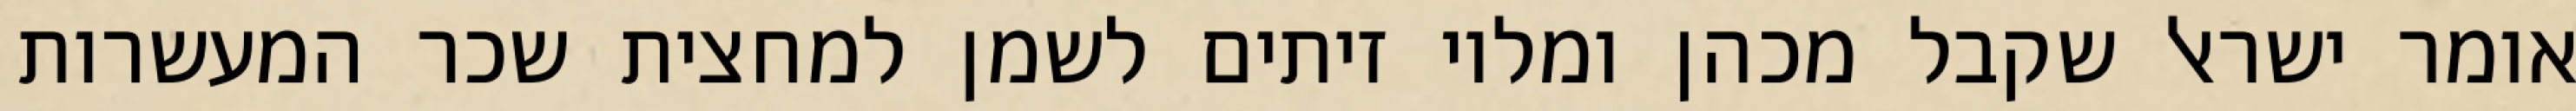
אומר ישראל שקבל מכהן ומלוי זיתים לשמן למחצית שכר המעשרות